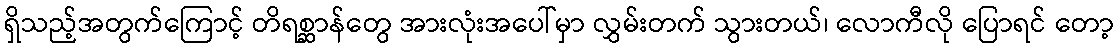
ရှိသည့်အတွက်ကြောင့် တိရစ္ဆာန်တွေ အားလုံးအပေါ်မှာ လွှမ်းတက် သွားတယ်၊ လောကီလို ပြောရင် တော့